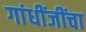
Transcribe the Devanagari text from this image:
गांधींजींचा